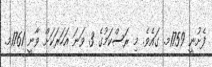
ފެށުނީ 1759މ. ގައެވެ. މި ރަސްކަމުގެ 3 ވަނަ އަހަރަކަށް ވާނީ 1761މ.